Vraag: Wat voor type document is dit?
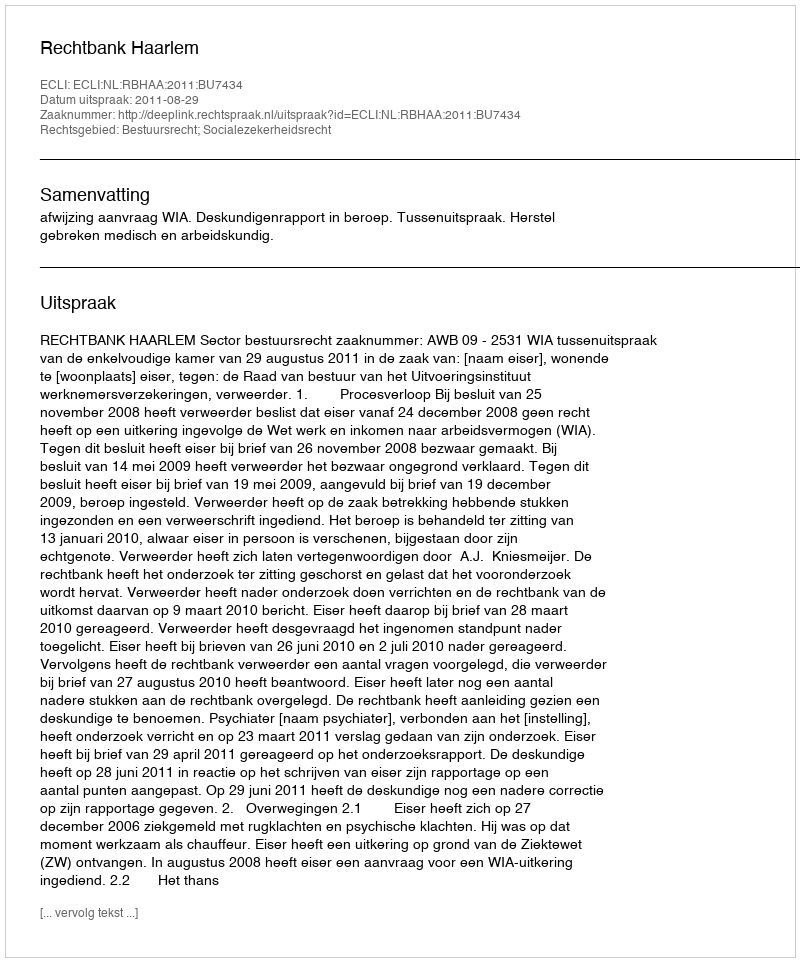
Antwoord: Uitspraak